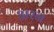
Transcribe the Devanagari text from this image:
अरन